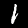
Label: 1